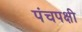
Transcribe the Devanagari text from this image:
पंचपक्षी